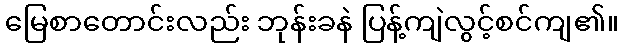
မြေစာတောင်းလည်း ဘုန်းခနဲ ပြန့်ကျဲလွင့်စင်ကျ၏။